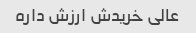
عالی خریدش ارزش داره